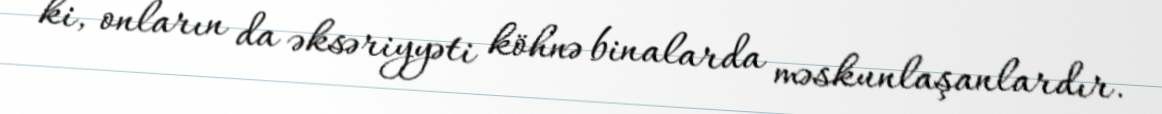
ki, onların da əksəriyyəti köhnə binalarda məskunlaşanlardır.